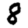
Digit: 8